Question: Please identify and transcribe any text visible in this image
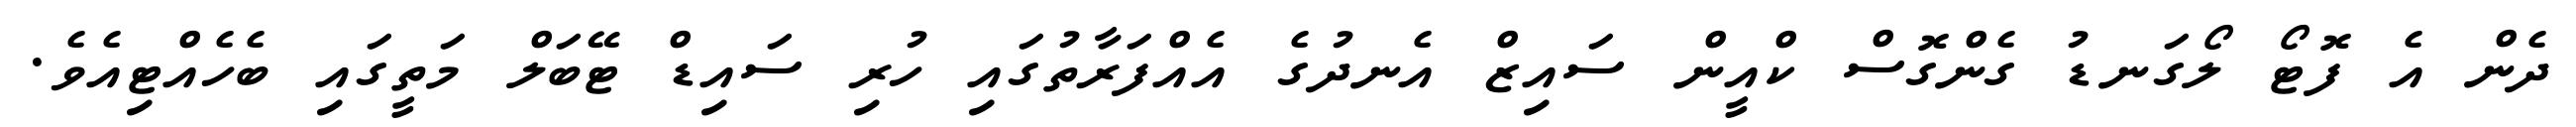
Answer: ދެން އެ ފޮޓޯ ލޯގަނޑު ގެންގޮސް ކްއީން ސައިޒް އެނދުގެ އެއްފަރާތުގައި ހުރި ސައިޑް ޓޭބަލް މަތީގައި ބެހެއްޓިއެވެ.